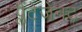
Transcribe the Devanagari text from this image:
प्लैंटेजेनट